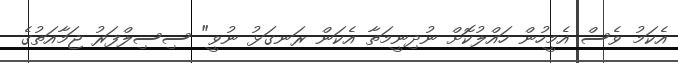
އެކަމު ވެސް އެމީހުން ހައްލުކޮށް ނުދިނީމަތާ އެކަން ރަނގަޅު ނުވީ" ސިސިލްފަރު ޖަމާއަތުގެ